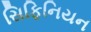
સિફિનિયન